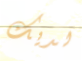
لديك